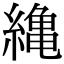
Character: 𦅥